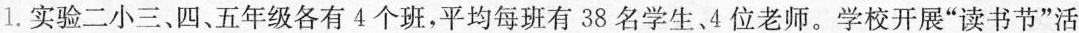
1.实验二小三、四、五年级各有4个班，平均每班有38名学生、4位老师。学校开展”读书节”活